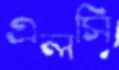
এলসি